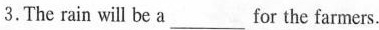
3.The rain will be a___for the farmers.